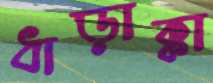
ধাড়াক্কা